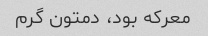
معرکه بود، دمتون گرم